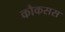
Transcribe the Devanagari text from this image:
कौकसस